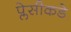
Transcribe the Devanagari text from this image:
प्लेसीकडे